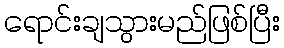
ရောင်းချသွားမည်ဖြစ်ပြီး